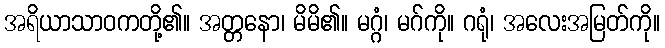
အရိယာသာဝကတို့၏။ အတ္တနော၊ မိမိ၏။ မဂ္ဂံ၊ မဂ်ကို။ ဂရုံ၊ အလေးအမြတ်ကို။